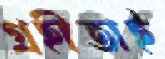
গ্রহীতাই